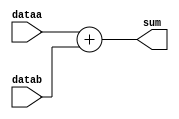
module adder(sum, dataa, datab); //Module with a list of ports
//Begin port declarations section
output[15:0] sum;
input [15:0] dataa,datab;


//End port declarations section
assign sum = dataa + datab;

endmodule

//module Top; // No list of ports, top-level module in simulation